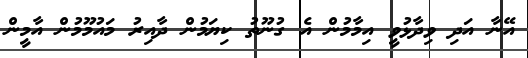
އޭނާ އަދި ވިދާޅުވީ އިމާމުން އެ ގުނޫތު ކިޔަމުން ދާއިރު މައުމޫމުން އާމީން